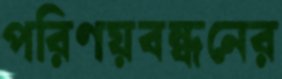
পরিণয়বন্ধনের